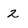
Character: 2